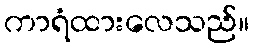
ကာရံထားလေသည်။